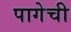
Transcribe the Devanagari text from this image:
पागेची